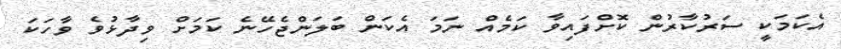
އެކަމަކީ ސަރުކާރުން ކޮށްފައިވާ ކަމެއް ނަމަ އެކަން ބަލަންޖެހޭނެ ކަމަށް ވިދާޅުވެ ވާހަކަ